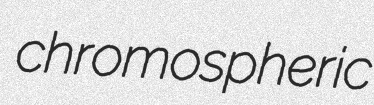
chromospheric